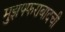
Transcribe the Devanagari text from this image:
मुझफ्फराबादची